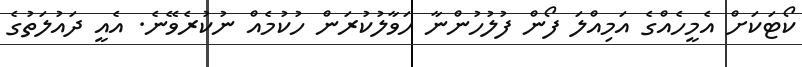
ކޯޓަކަށް އެމީހެއްގެ އަމިއްލަ ފޯން ފުލުހުންނާ ހަވާލުކުރަން ހުކުމެއް ނުކުރެވޭނެ. އެއީ ދައުލަތުގެ